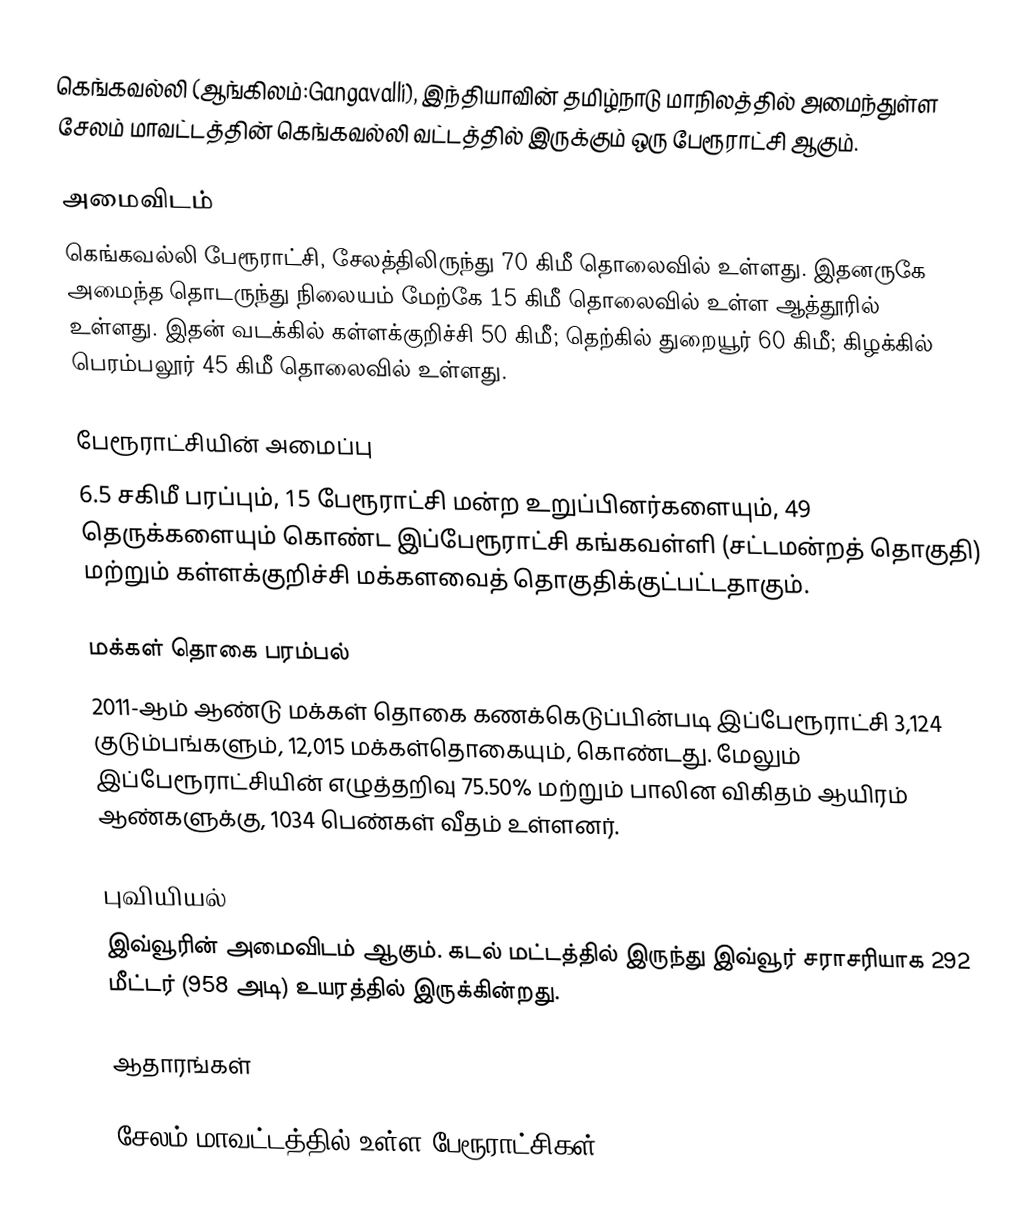
கெங்கவல்லி (ஆங்கிலம்:Gangavalli), இந்தியாவின் தமிழ்நாடு மாநிலத்தில் அமைந்துள்ள சேலம் மாவட்டத்தின் கெங்கவல்லி வட்டத்தில் இருக்கும் ஒரு பேரூராட்சி ஆகும்.

அமைவிடம்
கெங்கவல்லி பேரூராட்சி, சேலத்திலிருந்து 70 கிமீ தொலைவில் உள்ளது. இதனருகே அமைந்த  தொடருந்து நிலையம் மேற்கே 15 கிமீ தொலைவில் உள்ள  ஆத்தூரில் உள்ளது. இதன் வடக்கில் கள்ளக்குறிச்சி 50 கிமீ; தெற்கில் துறையூர் 60 கிமீ; கிழக்கில் பெரம்பலூர் 45 கிமீ தொலைவில் உள்ளது.

பேரூராட்சியின் அமைப்பு
6.5 சகிமீ பரப்பும், 15 பேரூராட்சி மன்ற உறுப்பினர்களையும்,  49 தெருக்களையும்  கொண்ட இப்பேரூராட்சி கங்கவள்ளி (சட்டமன்றத் தொகுதி) மற்றும் கள்ளக்குறிச்சி மக்களவைத் தொகுதிக்குட்பட்டதாகும்.

மக்கள் தொகை பரம்பல்
2011-ஆம் ஆண்டு மக்கள் தொகை கணக்கெடுப்பின்படி  இப்பேரூராட்சி  3,124 குடும்பங்களும்,  12,015 மக்கள்தொகையும், கொண்டது. மேலும் இப்பேரூராட்சியின் எழுத்தறிவு  75.50%  மற்றும்  பாலின விகிதம் ஆயிரம் ஆண்களுக்கு, 1034 பெண்கள் வீதம் உள்ளனர்.

புவியியல்
இவ்வூரின் அமைவிடம்  ஆகும். கடல் மட்டத்தில் இருந்து இவ்வூர் சராசரியாக 292 மீட்டர் (958 அடி) உயரத்தில் இருக்கின்றது.

ஆதாரங்கள்

சேலம் மாவட்டத்தில் உள்ள பேரூராட்சிகள்